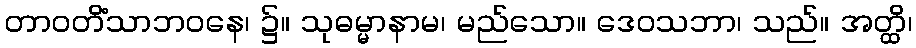
တာဝတိံသာဘဝနေ၊ ၌။ သုဓမ္မာနာမ၊ မည်သော။ ဒေဝသဘာ၊ သည်။ အတ္ထိ၊